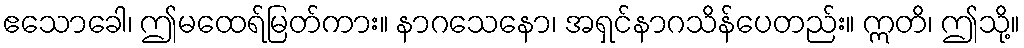
ဧသောခေါ၊ ဤမထေရ်မြတ်ကား။ နာဂသေနော၊ အရှင်နာဂသိန်ပေတည်း။ ဣတိ၊ ဤသို့။